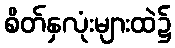
စိတ်နှလုံးများထဲ၌